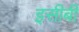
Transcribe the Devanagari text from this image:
इसीबी